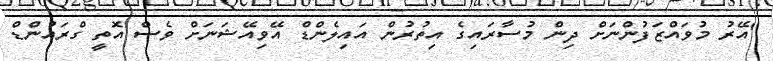
"އޭރު މުވައްޒަފުންނަށް ދިން މުސާރައިގެ އިތުރުން އައިލެންޑް އޭވިއޭޝަނަށް ވެސް އޮތީ ގްރައުންޑް